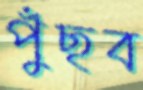
পুঁছব